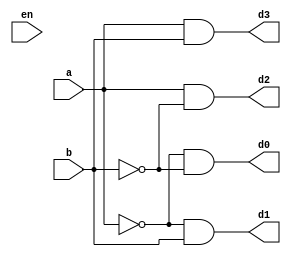
module decoder_2_4(input en,a,b,output d0,d1,d2,d3);
    and a1(d0,~a,~b);
    and a2(d1,~a,b);
    and a3(d2,a,~b);
    and a4(d3,a,b);
endmodule
module test_dec;
    reg a,b,en;
    wire d0,d1,d2,d3;
    decoder_2_4 dec(en,a,b,d0,d1,d2,d3);
    initial
    begin
        $dumpfile("dec_test.vcd");
        $dumpvars(0,test_dec);
        en=1;
        a=0;b=0;
            #20;
        a=0;b=1;
            #20;
        a=1;b=0;
            #20;
        a=1;b=1;
            #20;
    end
endmodule